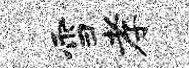
雪孝